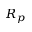
R _ { p }